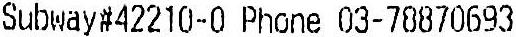
SUBWAY#42210-0 PHONE 03-78870693